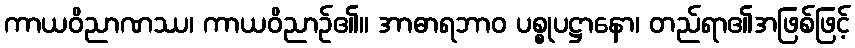
ကာယဝိညာဏဿ၊ ကာယဝိညာဉ်၏။ အာဓာရဘာဝ ပစ္စုပဋ္ဌာနော၊ တည်ရာ၏အဖြစ်ဖြင့်